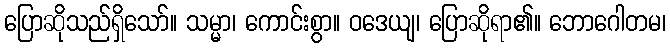
ပြောဆိုသည်ရှိသော်။ သမ္မာ၊ ကောင်းစွာ။ ဝဒေယျ၊ ပြောဆိုရာ၏။ ဘောဂေါတမ၊